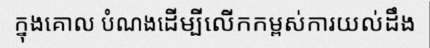
ក្នុងគោល បំណងដើម្បីលើកកម្ពស់ការយល់ដឹង